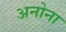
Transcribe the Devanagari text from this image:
अनोना